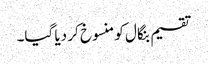
تقسیم بنگال کو منسوخ کر دیا گیا۔